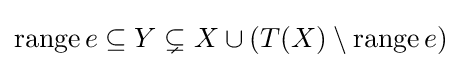
\operatorname {range} e\subseteq Y\subsetneq X\cup (T(X)\setminus \operatorname {range} e)